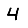
Digit: 4